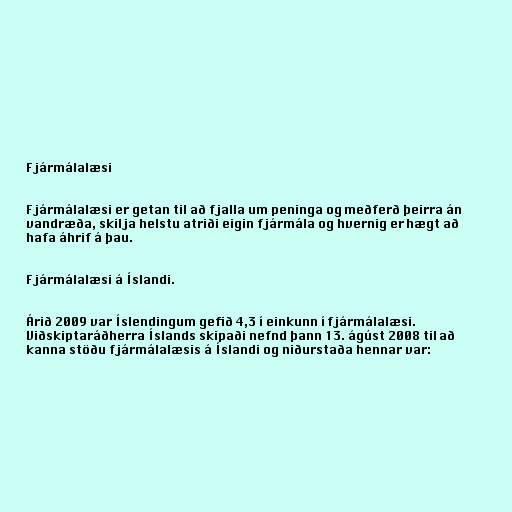
Fjármálalæsi

Fjármálalæsi er getan til að fjalla um peninga og meðferð þeirra án
vandræða, skilja helstu atriði eigin fjármála og hvernig er hægt að
hafa áhrif á þau.

Fjármálalæsi á Íslandi.

Árið 2009 var Íslendingum gefið 4,3 í einkunn í fjármálalæsi.
Viðskiptaráðherra Íslands skipaði nefnd þann 13. ágúst 2008 til að
kanna stöðu fjármálalæsis á Íslandi og niðurstaða hennar var: